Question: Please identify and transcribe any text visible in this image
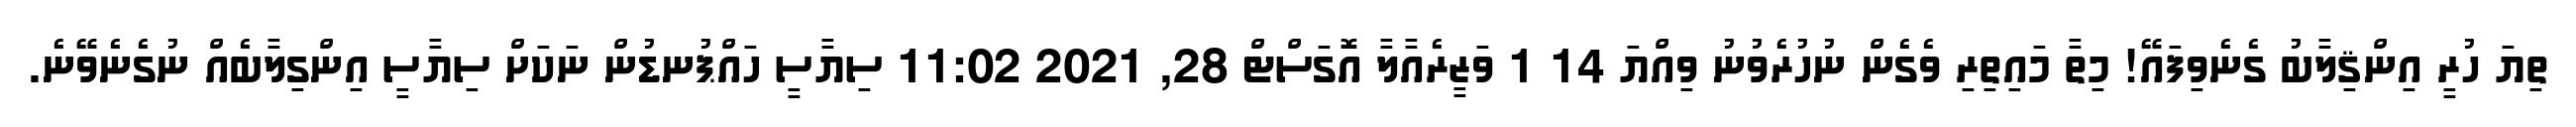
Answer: ތިޔަ ހުރީ އިންޤިލާބު ގެނެވިފައޭ! މިތާ މައިތިރި ވެގެން ނުހުރެވުނު ވިއްޔަ 14 1 ވަޒީރެއާލާ އޮގަސްޓް 28, 2021 11:02 ސިޔާސީ ހައްޕުނޑުން ނަކަށް ސިޔާސީ އިންގިލާބެއް ނުގެނެވޭނެ.